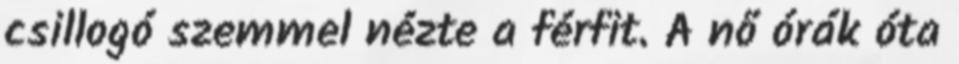
csillogó szemmel nézte a férfit. A nő órák óta